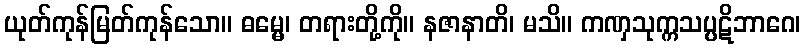
ယုတ်ကုန်မြတ်ကုန်သော။ ဓမ္မေ၊ တရားတို့ကို။ နဇာနာတိ၊ မသိ။ ကဏှသုက္ကသပ္ပဋိဘာဂေ၊